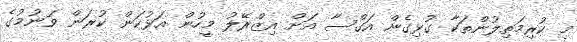
މި ކުރިމަތިލުންތަކާ ގުޅިގެން އަގްސާ އަށް އިޒްރޭލު މީހުން އަޅުކަން ކުރަން ވަނުމުގެ